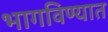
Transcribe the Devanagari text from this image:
भागविण्यात